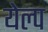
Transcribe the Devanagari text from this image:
येल्प